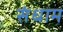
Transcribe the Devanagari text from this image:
संधाम